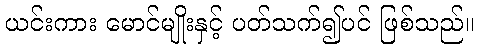
ယင်းကား မောင်မျိုးနှင့် ပတ်သက်၍ပင် ဖြစ်သည်။